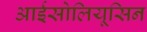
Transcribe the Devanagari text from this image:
आईसोलियूसिन